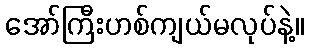
အော်ကြီးဟစ်ကျယ်မလုပ်နဲ့။